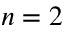
n = 2